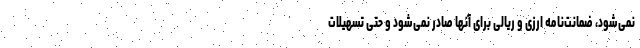
نمی‌شود، ضمانت‌نامه ارزی و ریالی برای آنها صادر نمی‌شود‌ و حتی تسهیلات